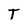
Character: T